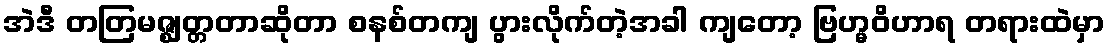
အဲဒီ တတြမဇ္ဈတ္တတာဆိုတာ စနစ်တကျ ပွားလိုက်တဲ့အခါ ကျတော့ ဗြဟ္မဝိဟာရ တရားထဲမှာ